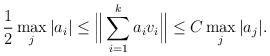
LaTeX: \begin{align*}\frac12\max_j|a_i|\le\Big \|\sum_{i=1}^k a_i v_i\Big\| \le C\max_j|a_j|.\end{align*}